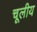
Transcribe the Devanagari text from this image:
चूलीय